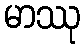
မာဿု